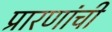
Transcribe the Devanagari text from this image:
प्रारणांची